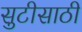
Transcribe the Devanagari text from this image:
सुटीसाठी